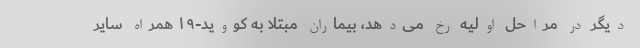
دیگر در مراحل اولیه رخ می‌دهد، بیماران مبتلا به کووید-۱۹ همراه سایر